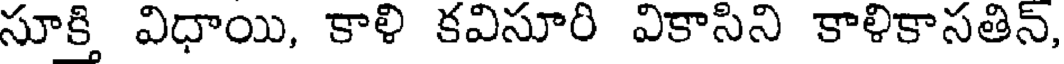
సూక్తి విధాయి, కాళి కవిసూరి వికాసిని కాళికాసతిన్